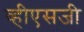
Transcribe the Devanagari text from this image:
व्हीएसजी